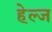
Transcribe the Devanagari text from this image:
हेल्ज